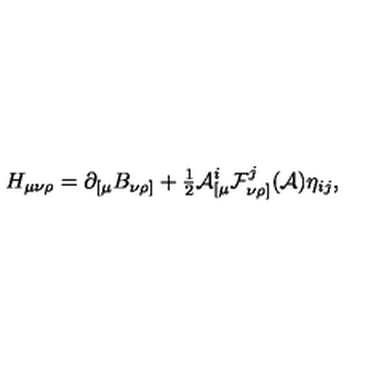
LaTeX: H _ { \mu \nu \rho } = \partial _ { [ \mu } B _ { \nu \rho ] } + { \textstyle \frac { 1 } { 2 } } { \cal A } _ { [ \mu } ^ { i } { \cal F } _ { \nu \rho ] } ^ { j } ( { \cal A } ) \eta _ { i j } ,